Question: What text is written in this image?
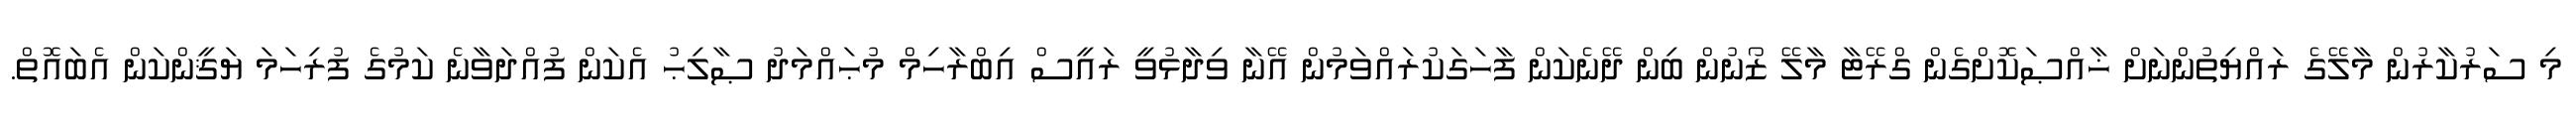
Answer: މި ސަރުކާރުން މާލޭގެ ރައްޔިތުންނަށް ޚާއްޞަކޮށްގެން ގްރޭޓާ މާލޭ ޒޯނުން ބިން ދޭނެކަން ފާހަގަކުރައްވަމުން އޭނާ ވިދާޅުވީ ރައީސް އިބްރާހިމް މުޙައްމަދު ޞާލިޙު އެކަން ފުއްދަވާނެ ކަމުގެ ފުރިހަމަ ޔަޤީންކަން އެބައޮތް.